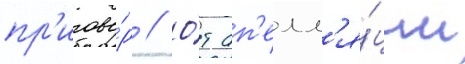
пр'игово́р // О́т ап'елл'я́ции